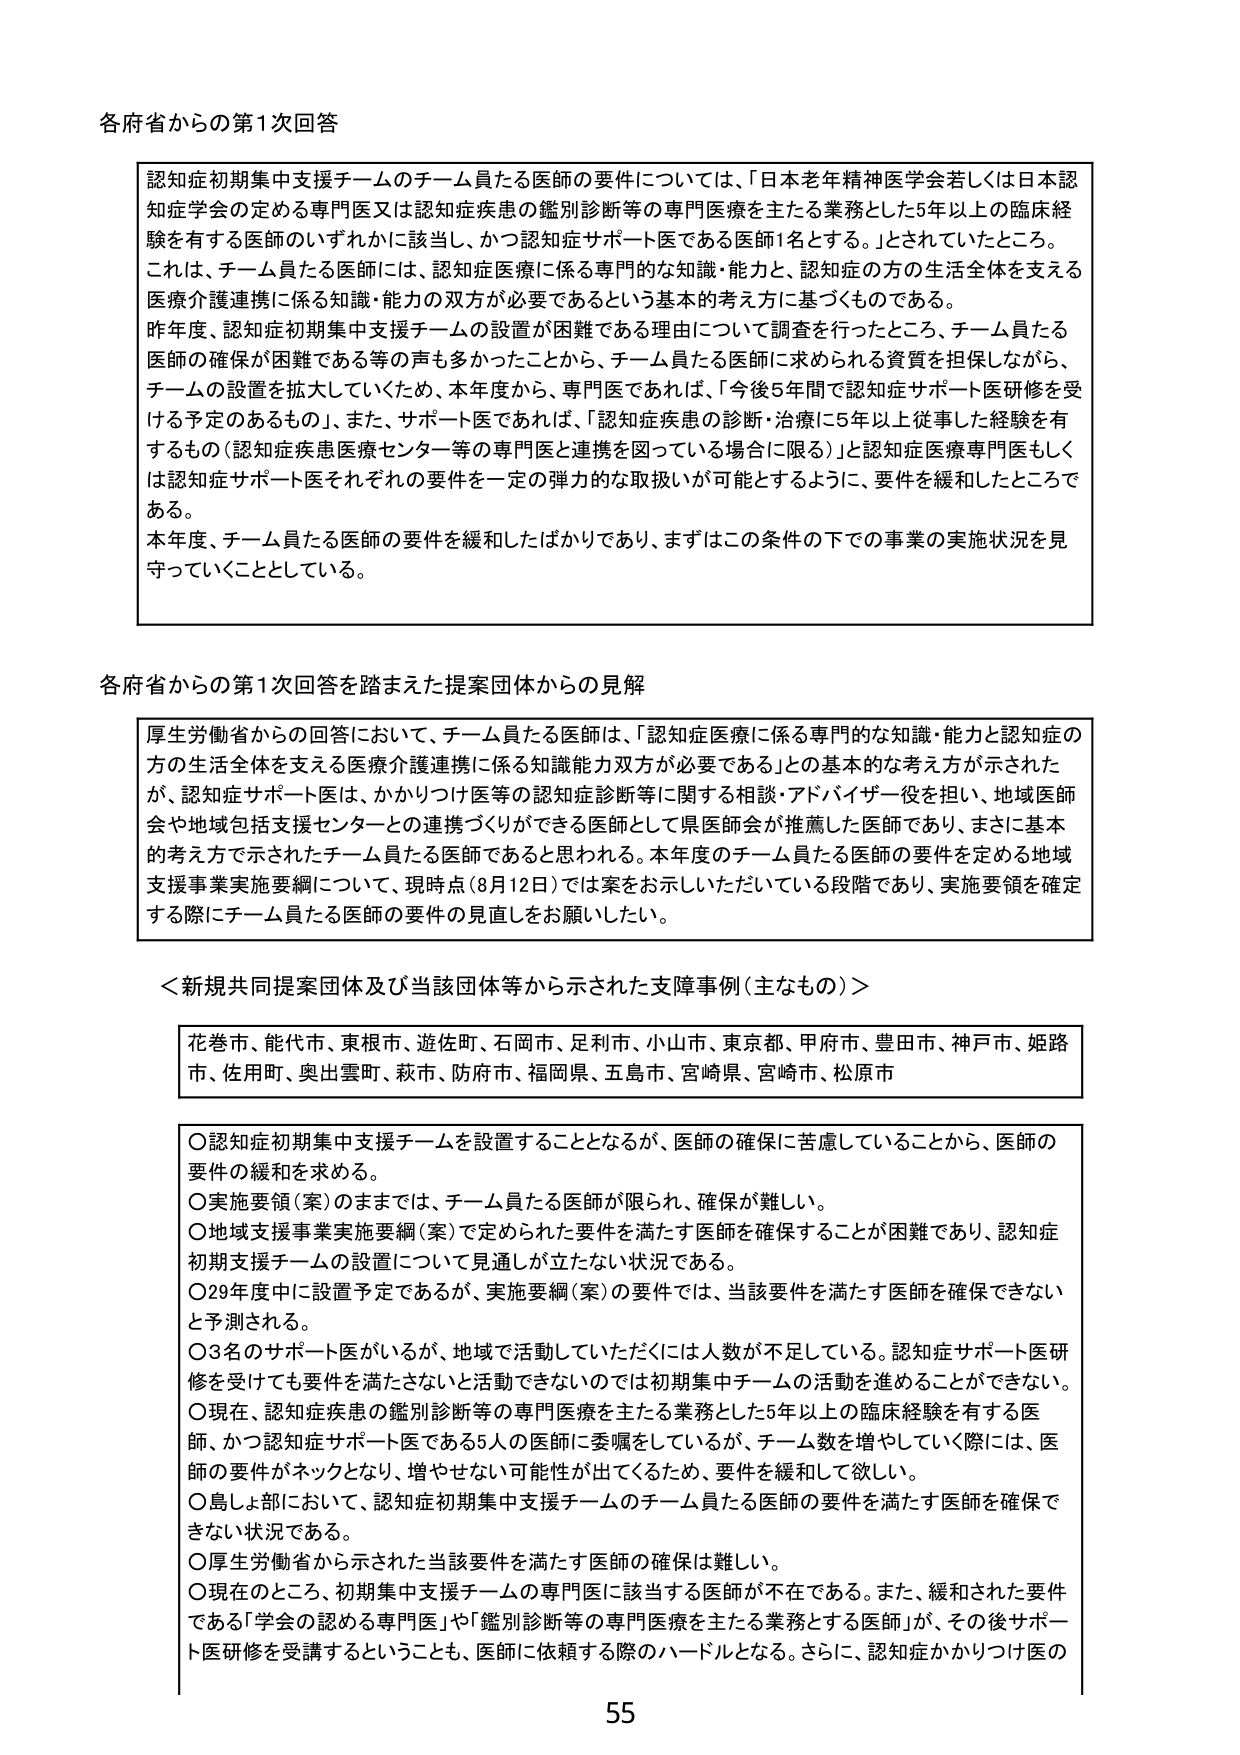
各府省からの第1次回答

認知症初期集中支援チームのチーム員たる医師の要件については、「日本老年精神医学会若しくは日本認知症学会の定める専門医又は認知症疾患の鑑別診断等の専門医療を主たる業務とした5年以上の臨床経験を有する医師のいずれかに該当し、かつ認知症サポート医である医師1名とする。」とされていたところ。これは、チーム員たる医師には、認知症医療に係る専門的な知識・能力と、認知症の方の生活全体を支える医療介護連携に係る知識・能力の双方が必要であるという基本的考え方に基づくものである。

昨年度、認知症初期集中支援チームの設置が困難である理由について調査を行ったところ、チーム員たる医師の確保が困難である等の声も多かったことから、チーム員たる医師に求められる資質を担保しながら、チームの設置を拡大していくため、本年度から、専門医であれば、「今後5年間で認知症サポート医研修を受ける予定のあるもの」、また、サポート医であれば、「認知症疾患の診断・治療に5年以上従事した経験を有するもの（認知症疾患医療センター等の専門医と連携を図っている場合に限る）」と認知症医療専門医もしくは認知症サポート医それぞれの要件を一定の弾力的な取扱いが可能とするように、要件を緩和したところである。

本年度、チーム員たる医師の要件を緩和したばかりであり、まずはこの条件の下での事業の実施状況を見守っていくこととしている。

各府省からの第1次回答を踏まえた提案団体からの見解

厚生労働省からの回答において、チーム員たる医師は、「認知症医療に係る専門的な知識・能力と認知症の方の生活全体を支える医療介護連携に係る知識能力双方が必要である」との基本的な考え方が示されたが、認知症サポート医は、かかりつけ医等の認知症診断等に関する相談・アドバイザー役を担い、地域医師会や地域包括支援センターとの連携づくりができる医師として県医師会が推薦した医師であり、まさに基本的考え方で示されたチーム員たる医師であると思われる。本年度のチーム員たる医師の要件を定める地域支援事業実施要綱について、現時点（8月12日）では案をお示しいただいている段階であり、実施要領を確定する際にチーム員たる医師の要件の見直しをお願いしたい。

＜新規共同提案団体及び当該団体等から示された支障事例（主なもの）＞

花巻市、能代市、東根市、遊佐町、石岡市、足利市、小山市、東京都、甲府市、豊田市、神戸市、姫路市、佐用町、奥出雲町、萩市、防府市、福岡県、五島市、宮崎県、宮崎市、松原市

〇認知症初期集中支援チームを設置することとなるが、医師の確保に苦慮していることから、医師の要件の緩和を求める。
〇実施要領（案）のままでは、チーム員たる医師が限られ、確保が難しい。
〇地域支援事業実施要綱（案）で定められた要件を満たす医師を確保することが困難であり、認知症初期支援チームの設置について見通しが立たない状況である。
〇29年度中に設置予定であるが、実施要綱（案）の要件では、当該要件を満たす医師を確保できないと予測される。
〇3名のサポート医がいるが、地域で活動していただくには人数が不足している。認知症サポート医研修を受けても要件を満たさないと活動できないのでは初期集中チームの活動を進めることができない。
〇現在、認知症疾患の鑑別診断等の専門医療を主たる業務とした5年以上の臨床経験を有する医師、かつ認知症サポート医である5人の医師に委嘱をしているが、チーム数を増やしていく際には、医師の要件がネックとなり、増やせない可能性が出てくるため、要件を緩和して欲しい。
〇島しょ部において、認知症初期集中支援チームのチーム員たる医師の要件を満たす医師を確保できない状況である。
〇厚生労働省から示された当該要件を満たす医師の確保は難しい。
〇現在のところ、初期集中支援チームの専門医に該当する医師が不在である。また、緩和された要件である「学会の認める専門医」や「鑑別診断等の専門医療を主たる業務とする医師」が、その後サポート医研修を受講するということも、医師に依頼する際のハードルとなる。さらに、認知症かかりつけ医の

55